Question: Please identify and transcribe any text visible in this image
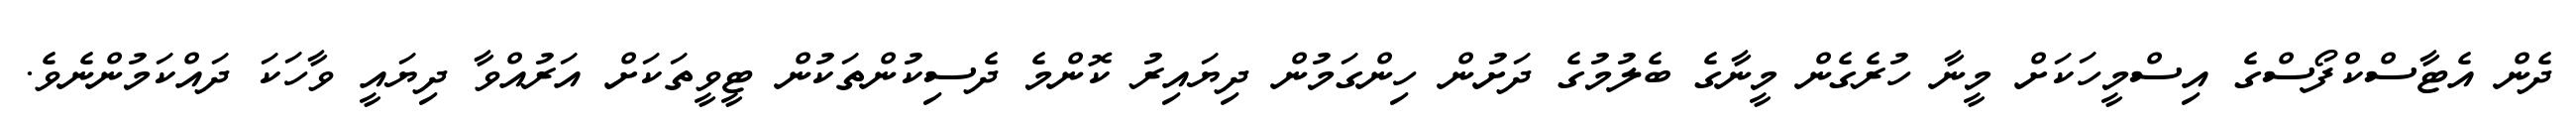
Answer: ދެން އެޓާސްކްފޯސްގެ އިސްމީހަކަށް މީނާ ހުރެގެން މީނާގެ ބެލުމުގެ ދަށުން ހިންގަމުން ދިޔައިރު ކޮންމެ ދެސިކުންތަކުން ޓީވީތަކަށް އަރުއްވާ ދިޔައީ ވާހަކަ ދައްކަމުންނެވެ.